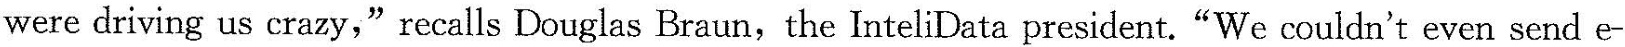
were driving us crazy," recalls Douglas Braun, the InteliData president."We couldn't even send e-